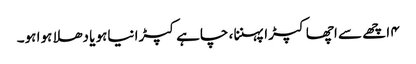
۴ اچھے سے اچھا کپڑا پہننا ، چاہے کپڑا نیاہو یا دھلا ہوا ہو۔